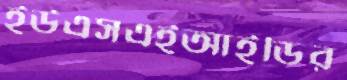
ইউএসএইআইডির